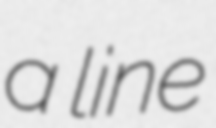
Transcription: a line